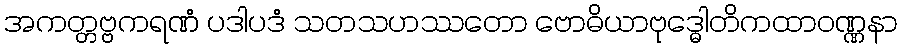
အကတ္တဗ္ဗကရဏံ ပဒါပဒံ သတသဟဿတော ဗောဓိယာဗုဒ္ဓေါတိကထာဝဏ္ဏနာ